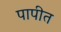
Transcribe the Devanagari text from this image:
पापीत